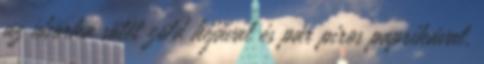
az uborka sötét zöld héjával és pár piros paprikával.